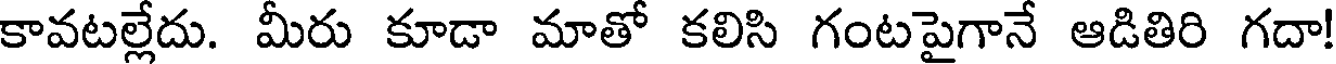
కావటల్లేదు. మీరు కూడా మాతో కలిసి గంటపైగానే ఆడితిరి గదా!